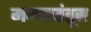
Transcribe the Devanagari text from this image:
मज्जातंतूस